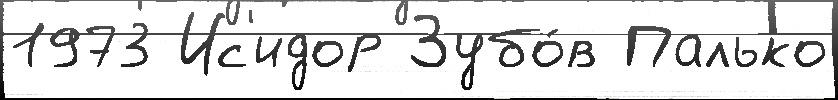
1973 Ис'идор Зубо́в Палько